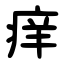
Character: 痒